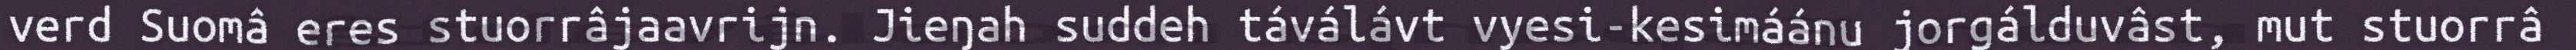
verd Suomâ eres stuorrâjaavrijn. Jieŋah suddeh táválávt vyesi-kesimáánu jorgálduvâst, mut stuorrâ